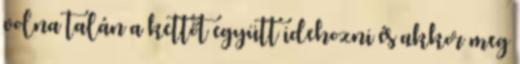
volna talán a kettőt együtt idehozni és akkor meg